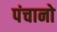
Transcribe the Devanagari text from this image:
पंचानो